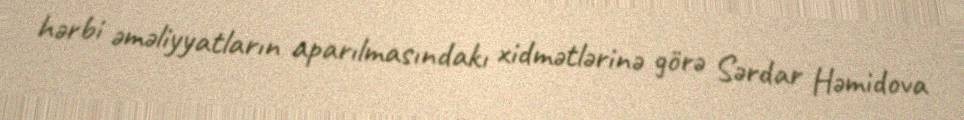
hərbi əməliyyatların aparılmasındakı xidmətlərinə görə Sərdar Həmidova